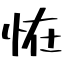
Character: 恠